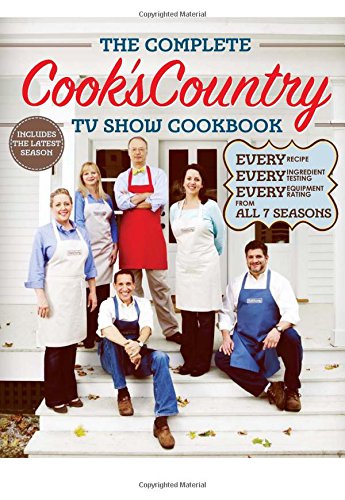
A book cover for The Complete Cook's Country TV Show Cookbook: Every Recipe, Every Ingredient Testing, Every Equipment Rating from all 7 Seasons; Cookbooks, Food & Wine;